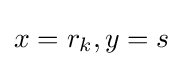
x=r_{k},y=s